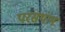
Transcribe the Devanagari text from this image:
परसथान